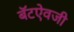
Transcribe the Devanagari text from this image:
बॅटऐवजी